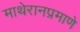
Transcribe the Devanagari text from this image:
माथेरानप्रमाणे